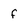
Character: f